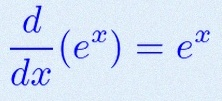
\frac{d}{dx}(e^x)=e^x